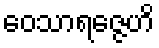
ဝေသာရဇ္ဇေဟိ